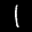
Label: 1